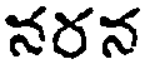
నరన